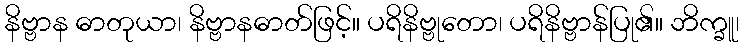
နိဗ္ဗာန ဓာတုယာ၊ နိဗ္ဗာနဓာတ်ဖြင့်။ ပရိနိဗ္ဗုတော၊ ပရိနိဗ္ဗာန်ပြု၏။ ဘိက္ခူ၊